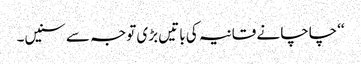
‘‘چاچا نے قانیہ کی باتیں بڑی توجہ سے سنیں۔